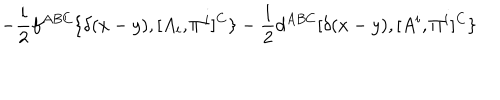
- { \frac { i } { 2 } } f ^ { A B C } \{ \delta ( x - y ) , [ A _ { i } , \Pi ^ { i } ] ^ { C } \} - { \frac { 1 } { 2 } } d ^ { A B C } [ \delta ( x - y ) , [ A ^ { i } , \Pi ^ { i } ] ^ { C } \}